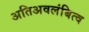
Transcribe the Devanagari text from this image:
अतिअवलंबित्व